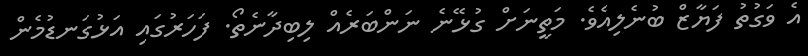
އެ ވަގުތު ފަޔާޒް ބުނެލިއެވެ. މަތީނަށް ގުޅޭނެ ނަންބަރެއް ލިބިދާނެތޯ. ފަހަރުގައި އަޅުގަނޑުމެން